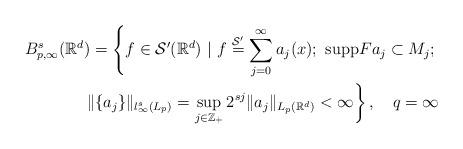
LaTeX: \begin{align*}B^s_{p,\infty}(\mathbb{R}^d) = \left\{ f\in \mathcal{S}'(\mathbb{R}^d) \,\,|\,\, f \stackrel{\mathcal{S}'}{=} \sum_{j = 0}^{\infty} a_j(x);\,\, \mathrm{supp} F a_j \subset M_j;\right.\\\left. \| \{ a_j \} \|_{l^s_\infty(L_p)} = \sup_{j \in \mathbb{Z}_+} 2^{sj} \| a_j \|_{L_p(\mathbb{R}^d)} < \infty \right\},\,\,\,\,\,\, q = \infty\end{align*}